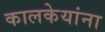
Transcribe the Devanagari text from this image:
कालकेयांना